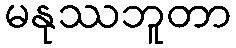
မနုဿဘူတာ